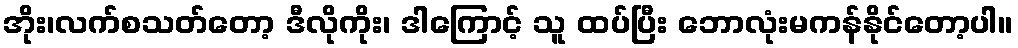
အိုး၊လက်စသတ်တော့ ဒီလိုကိုး၊ ဒါကြောင့် သူ ထပ်ပြီး ဘောလုံးမကန်နိုင်တော့ပါ။